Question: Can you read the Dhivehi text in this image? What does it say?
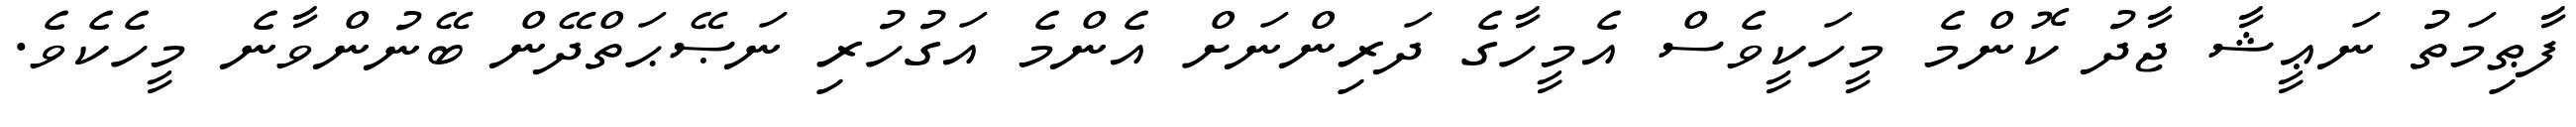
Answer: ފާޠިމަތު ނަޢީޝާ ޖާދު ކޮންމެ މީހަކީވެސް އެމީހާގެ ދަރިންނަށް އެންމެ އަގުހުރި ނަޞޭޙަތްދޭން ބޭނުންވާނެ މީހެކެވެ.